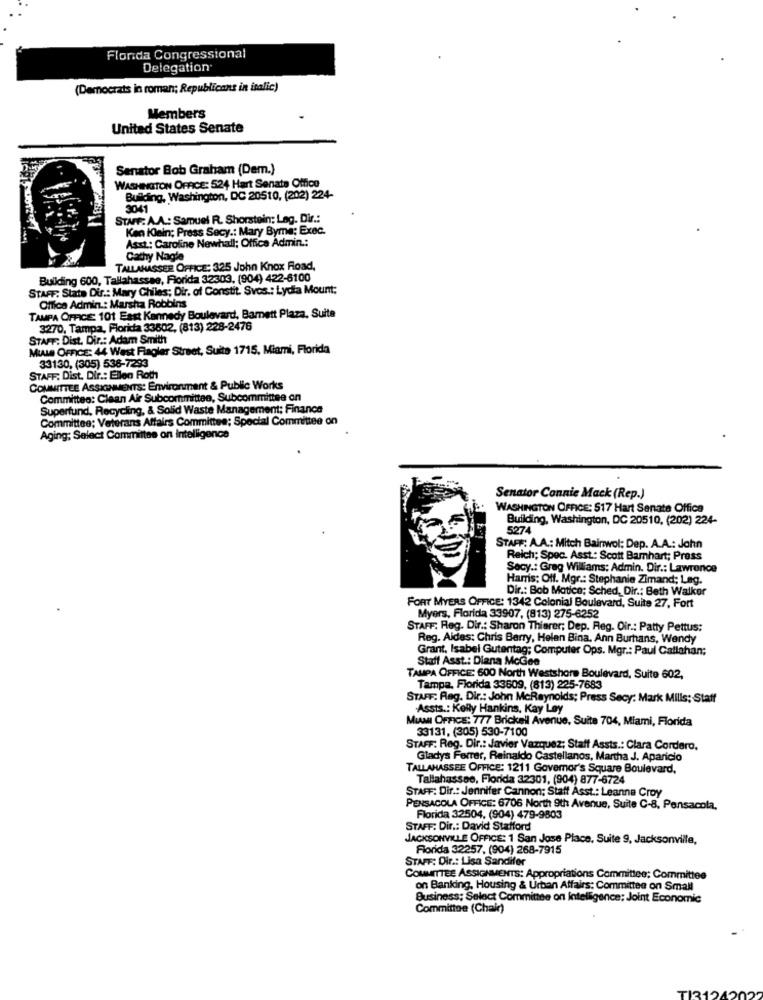
Flonda Congressional
Delegation
(Democrats in roman; Republicans in italic)
Members
United States Senate
Senator Bob Graham (Dem.)
WASHINGTON OFFICE: 524 Hart Senats Office
Building, Washington, DC 20510, (202) 224-
3041
STAFF: A.A .: Samuel R. Shorstein: Leg. Dir .:
Ken IOein; Press Secy .: Mary Byme; Exec.
1: Caroline Newhall; Office Admin .:
Cathy Nagle
TALLAHASSEE OFFICE: 325 John Knox Road,
Building 600, Tallahassee, Florida 32303, (904) 422-6100
STAFF: Stats Dir .: Mary Chiles; Dir. of Constit. Svos .: Lydia Mount:
Office Admin .: Marsha Robbins
TAMPA OFFICE: 101 East Kennedy Boulevard, Bamett Plaza, Suite
3270, Tampa, Florida 33802, (813) 228-2476
STAFF: Dist. Dir .: Adam Smith
MIAMS OFFICE: 44 West Flagler Street, Suite 1715, Miami, Florida
33130, (305) 538-7293
STAFF: Dist. Dir .: Ellen Roth
COMMITTEE ASSIGNMENTS: Environment & Public Works
Committee: Clean Air Subcommittee, Subcommittee on
Superfund, Recycling, & Solid Waste Management: Finance
Committee; Veterans Affairs Committee; Special Committee on
Aging; Select Committee on Intelligence
Senator Connie Mack (Rep.)
WASHINGTON OFFICE: 517 Hart Senate Office
Building, Washington, DC 20510, (202) 224-
5274
STAFF: A.A .: Mitch Bainwol: Dep. A.A .: John
Reich; Spec. Asst .: Scott Bamhart; Press
Secy .: Greg Williams: Admin. Dir .: Lawrence
Harris: Off. Mgr .: Stephanie Zimand; Lag.
Dir .: Bob Matice; Sched, Dir .: Beth Walker
FORT MYERS OFFICE: 1342 Colonial Boulevard, Suite 27, Fort
Myers, Florida 33907, (813) 275-6252
STAFF: Reg. Dir .: Sharon Thierer; Dep. Reg. Oir .: Patty Pettus:
Reg. Aides: Chris Berry, Helen Bina, Ann Burhans, Wendy
Grant, Isabel Gutentag; Computer Ops. Mgr .: Paul Callahan;
Staff Asst .: Diana McGee
TAMPA OFFICE 600 North Westshore Boulevard, Suite 602,
Tampa, Florida 33609, (813) 225-7683
STAFF: Reg. Dir .: John MeReynolds; Press Secy: Mark Mills; Staff
Assts .: Kelly Hankins, Kay Ley
MIAMI OFFICE: 777 Brickell Avenue, Suite 704, Miami, Florida
33131, (305) 530-7100
STAFF: Reg. Dir .: Javier Vazquez; Staff Assts .: Clara Cordero,
Gladys Ferrer, Reinaldo Castellanos, Martha J. Aparicio
TALLAHASSEE OFFICE: 1211 Governor's Square Boulevard,
Tallahassee, Florida 32301, (904) 877-6724
STAFF: Dir .: Jennifer Cannon; Staff Asst .: Leanna Croy
PENSACOLA OFFICE: 6706 North 9th Avenue, Suite C-8, Pensacola,
Florida 32504, (904) 479-9803
STAFF: Dir .: David Stafford
JACKSONVILLE OFFICE: 1 San Jose Place, Suite 9, Jacksonville,
Florida 32257, (904) 268-7915
STAFF: Dir .: Lisa Sandifer
COMMITTEE ASSIGNMENTS: Appropriations Committee; Committee
on Banking, Housing & Urban Affairs: Committee on Small
Business; Select Committee on Intelligence; Joint Economic
Committee (Chair)